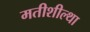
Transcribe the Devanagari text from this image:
मतीशील्था